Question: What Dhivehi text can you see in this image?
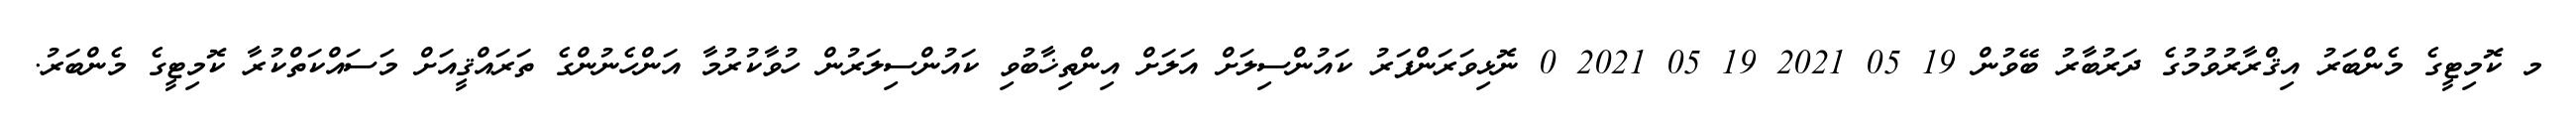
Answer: މ ކޮމިޓީގެ މެންބަރު އިޤްރާރުވުމުގެ ދަރުބާރު ބޭވުން 19 05 2021 19 05 2021 0 ނޮޅިވަރަންފަރު ކައުންސިލަށް އަލަށް އިންތިޚާބުވި ކައުންސިލަރުން ހުވާކުރުމާ އަންހެނުންގެ ތަރައްޤީއަށް މަސައްކަތްކުރާ ކޮމިޓީގެ މެންބަރު.